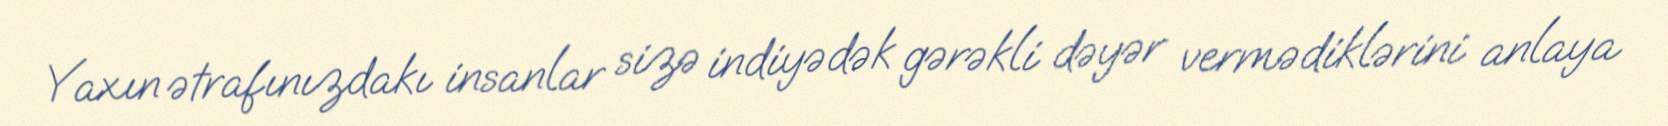
Yaxın ətrafınızdakı insanlar sizə indiyədək gərəkli dəyər vermədiklərini anlaya